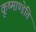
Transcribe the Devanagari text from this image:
कूष्माण्डेति